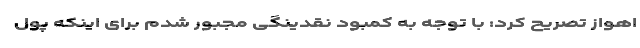
اهواز تصریح کرد: با توجه به کمبود نقدینگی مجبور شدم برای اینکه پول